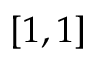
[ 1 , 1 ]